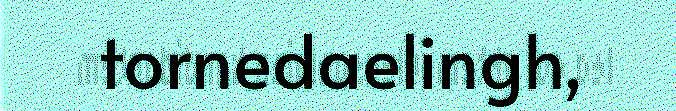
tornedaelingh,